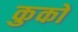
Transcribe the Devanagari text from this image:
कुको